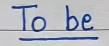
To be